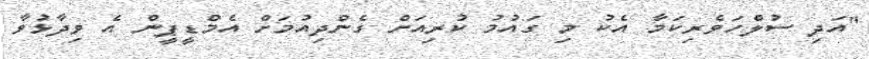
"އަދި ސުލްހަވެރިކަމާ އެކު މި ގައުމު ކުރިއަށް ގެންދިއުމަށް އެމްޑީޕީން އެ ވިދާޅުވާ